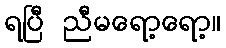
ရပြီ ညီမရော့ရော့။